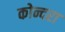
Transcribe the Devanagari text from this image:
कोन्दरा